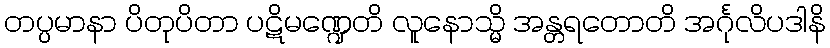
တပ္ပမာနာ ပိတုပိတာ ပဋိမဏ္ဍေတိ လူနောသ္မိ အန္တရတောတိ အင်္ဂုလိပဒါနိ